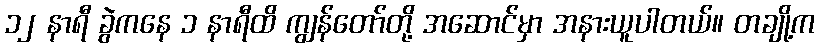
၁၂ နာရီ ခွဲကနေ ၁ နာရီထိ ကျွန်တော်တို့ အဆောင်မှာ အနားယူပါတယ်။ တချို့က